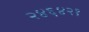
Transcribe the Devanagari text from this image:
२४६४२१